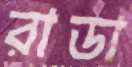
রাডা